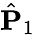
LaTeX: \hat{{\mathbf P}}_{1}